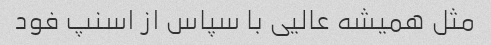
مثل همیشه عالیی با سپاس از اسنپ فود